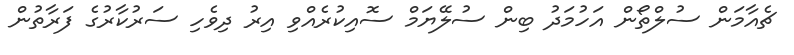
ޗެއާމަން ސުލްތޯން އަހުމަދު ބިން ސުލޭޔަމް ސޮއިކުރެއްވި އިރު ދިވެހި ސަރުކާރުގެ ފަރާތުން